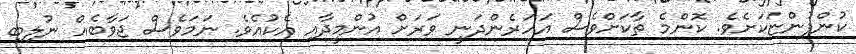
ކުންފުންޏަކަށެވެ. ކޮންމެ ތާކަށްވެސް އަހަރެންދަނީ ވަރަށް އުންމީދާއި އެކުއެވެ. ނަމަވެސް ޖަވާބެއް ނުލިބި